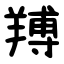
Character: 䍸